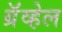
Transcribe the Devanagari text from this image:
ग्रॅव्हेल